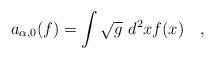
LaTeX: \begin{align*}a_{\alpha,0}(f)=\int \sqrt{g}~d^2xf(x)~~~,\end{align*}